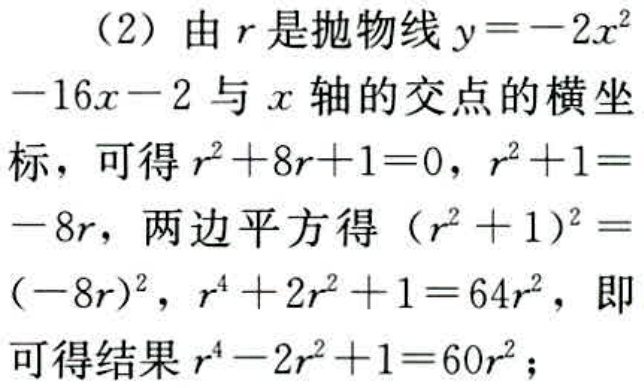
（2）由\(r\)是抛物线\(y = - 2x^{2}-16x - 2\)与\(x\)轴的交点的横坐标，可得\(r^{2}+8r + 1 = 0\)，\(r^{2}+1=-8r\)，两边平方得\((r^{2}+1)^{2}=(-8r)^{2}\)，\(r^{4}+2r^{2}+1 = 64r^{2}\)，即可得结果\(r^{4}-2r^{2}+1 = 60r^{2}\)；